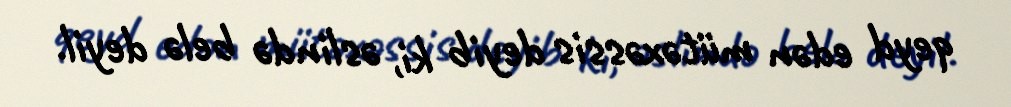
qeyd edən mütəxəssis deyib ki, əslində belə deyil.